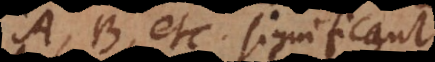
A, B, etc. significant